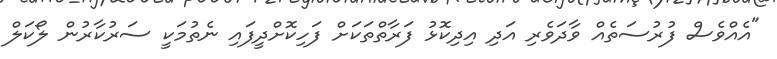
"އެއްވެސް ފުރުސަތެއް ވާދަވެރި އަދި އިދިކޮޅު ފަރާތްތަކަށް ފަހިކޮށްދީފައި ނެތުމަކީ ސަރުކާރުން ލޯކަލް